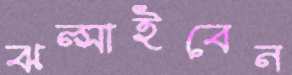
ঝল্‌সাইবেন